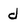
Character: d